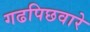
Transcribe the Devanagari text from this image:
गढपिछवारे